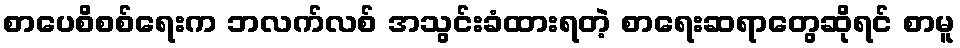
စာပေစိစစ်ရေးက ဘလက်လစ် အသွင်းခံထားရတဲ့ စာရေးဆရာတွေဆိုရင် စာမူ